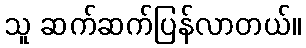
သူ ဆက်ဆက်ပြန်လာတယ်။